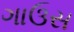
ગાઉસ